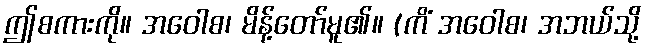
ဤစကားကို။ အဝေါစ၊ မိန့်တော်မူ၏။ (ကိံ အဝေါစ၊ အဘယ်သို့